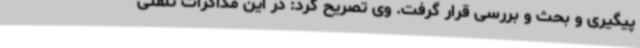
پیگیری و بحث و بررسی قرار گرفت. وی تصریح کرد: در این مذاکرات تلفنی